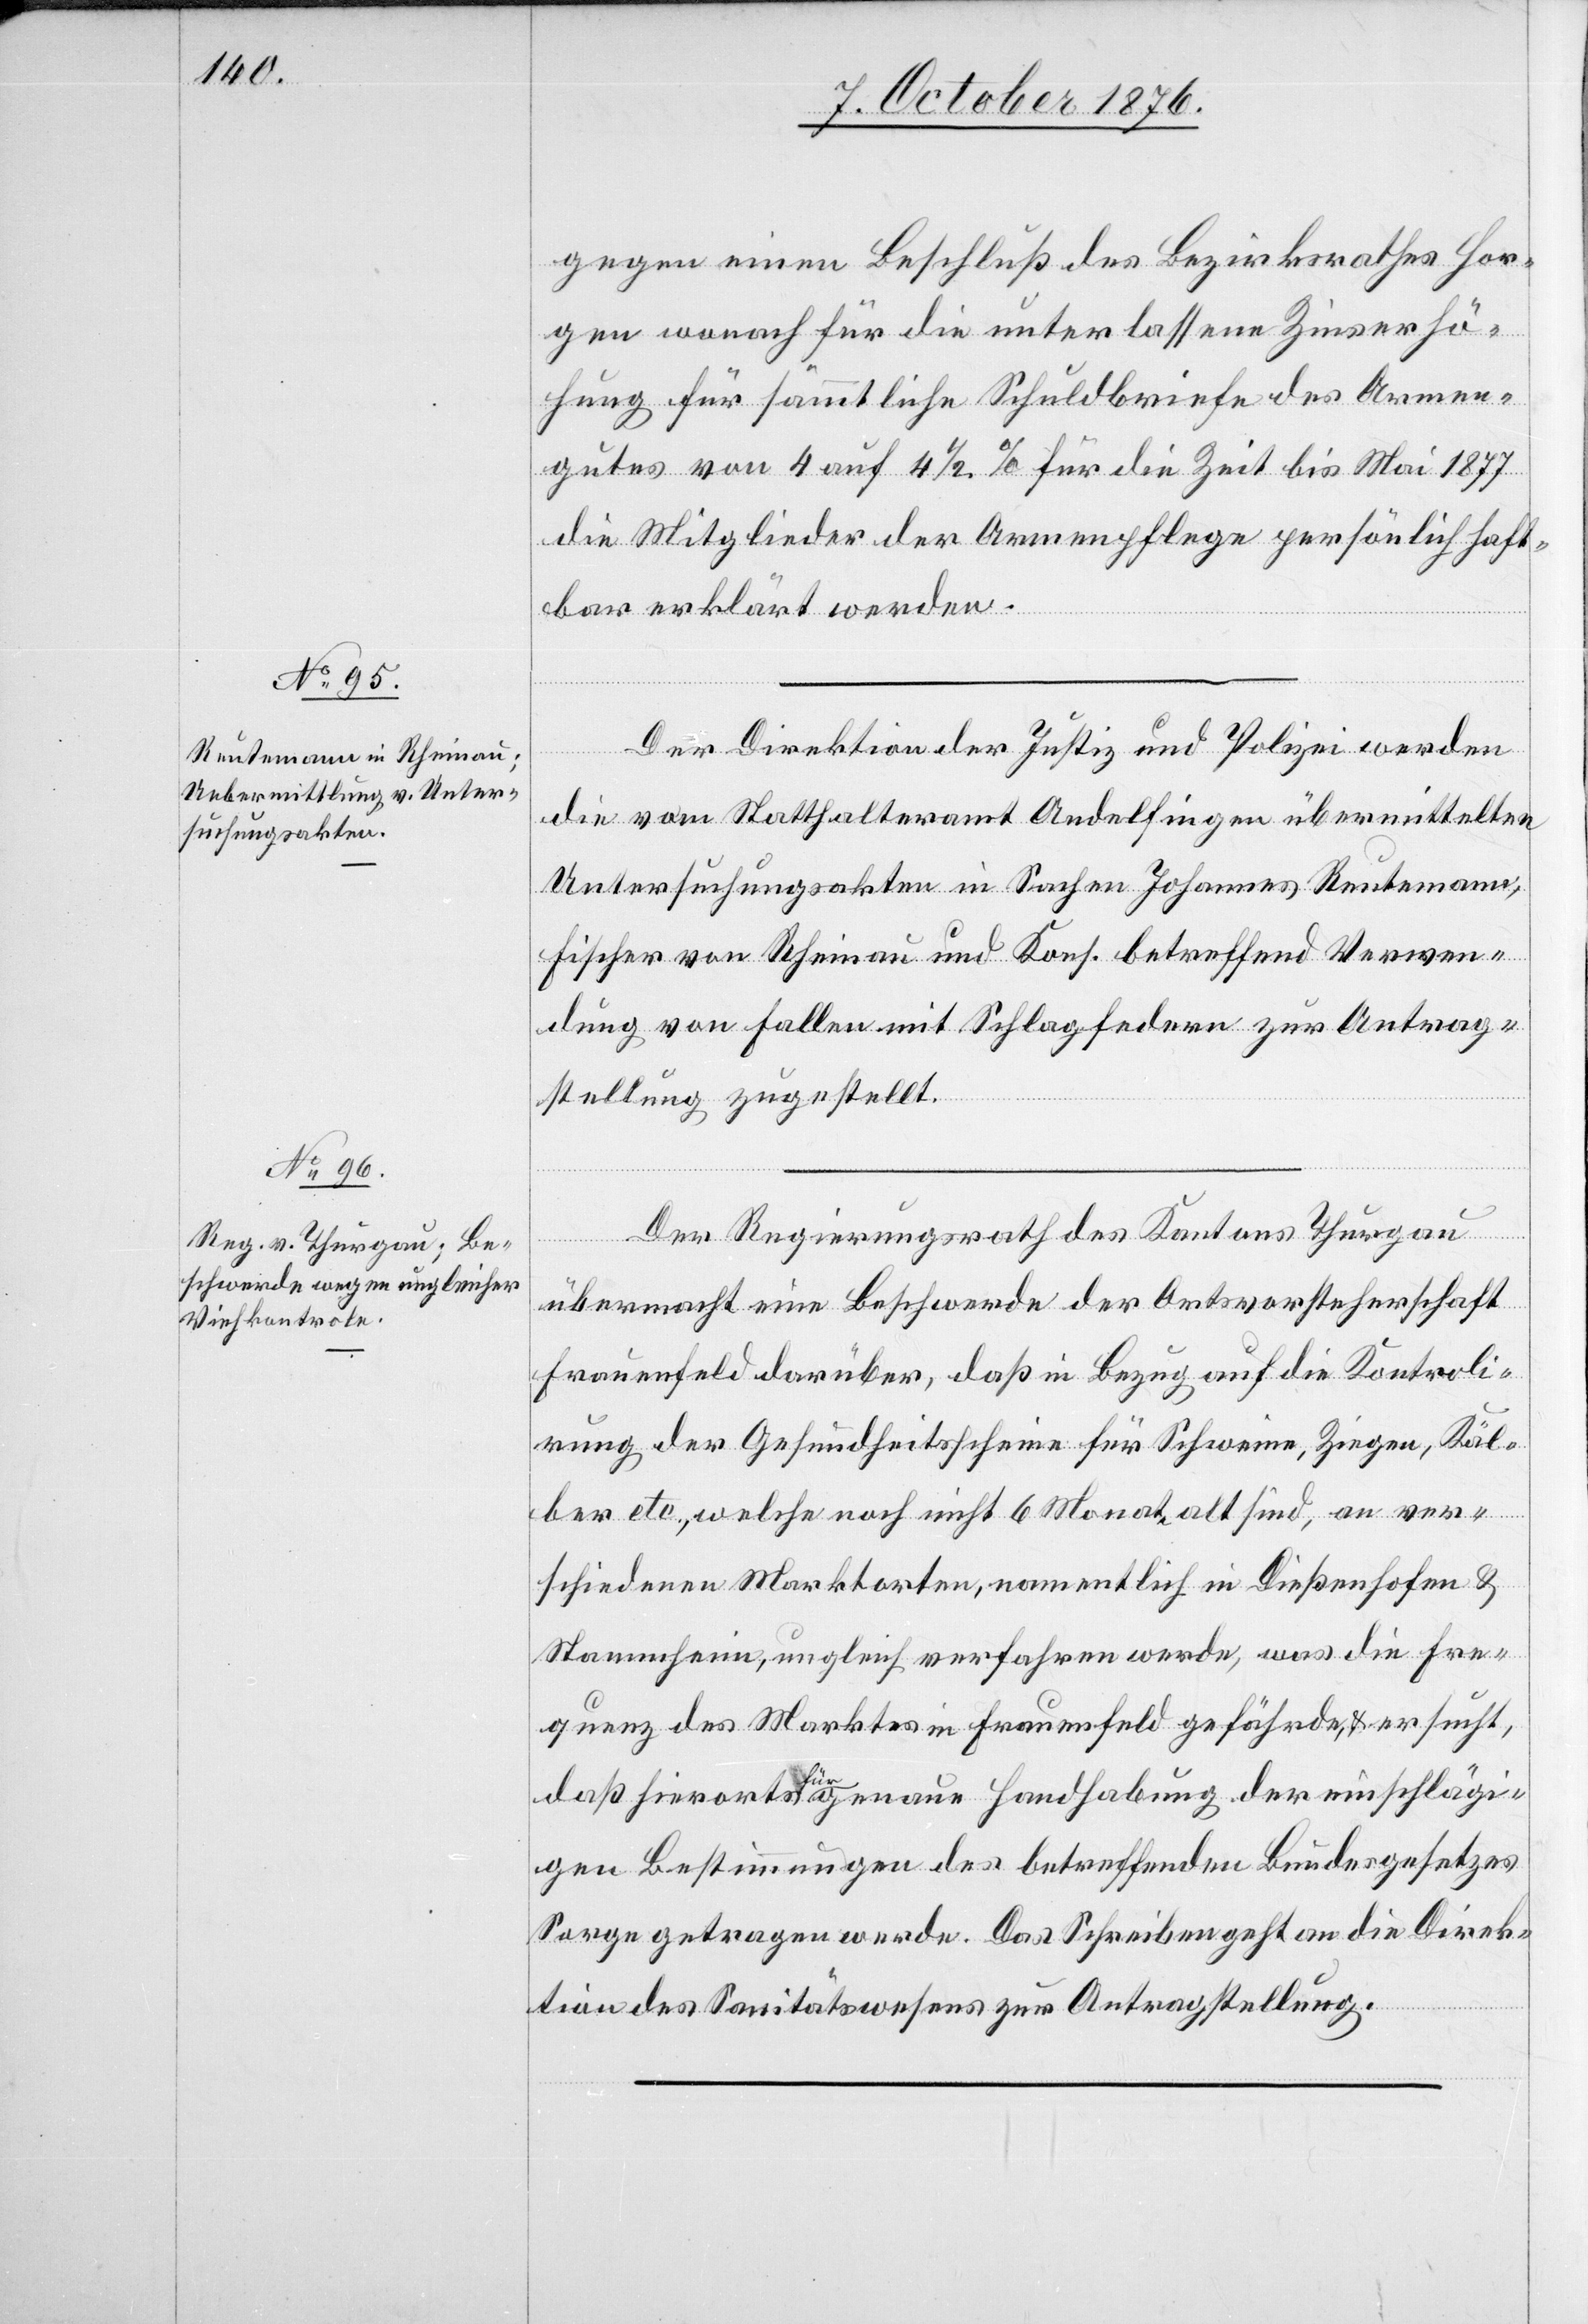
12. October 1876.]
gegen einen Beschluß des Bezirksrathes Hor¬
gen wonach für die unterlassene Zinserhö¬
hung für sämmtliche Schuldbriefe des Armen¬
gutes von 4 auf 4 1/2% für die Zeit bis Mai 1877
die Mitglieder der Armenpflege persönlich haft¬
bar erklärt werden.
Der Direktion der Justiz und Polizei werden
die vom Statthalteramt Andelfingen übermittelten
Unterstützungsakten in Sachen Johannes Reutemann,
Fischer von Rheinau und Kons. betreffend Verwen¬
dung von Fallen mit Schlagfedern zur Antrag¬
stellung zugestellt.
Der Regierungsrath des Kantons Thurgau
übermacht eine Beschwerde der Ortsvorsteherschaft
Frauenfeld darüber, daß in Bezug auf die Kontroli¬
rung der Gesundheitsscheine für Schweine, Ziegen, Käl¬
ber etc., welche noch nicht 6 Monate alt sind, an ver¬
schiedenen Marktorten, namentlich in Dießenhofen &
Stammheim, ungleich verfahren werde, was die Fre¬
quenz des Marktes in Frauenfeld gefährde, & ersucht,
daß hierorts a für a genaue Handhabung der einschlägi¬
gen Bestimmungen des betreffenden Bundesgesetzes
Sorge getragen werde. Das Schreiben geht an die Direk¬
tion des Sanitätswesens zur Antragstellung.